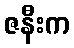
ဇနီးက